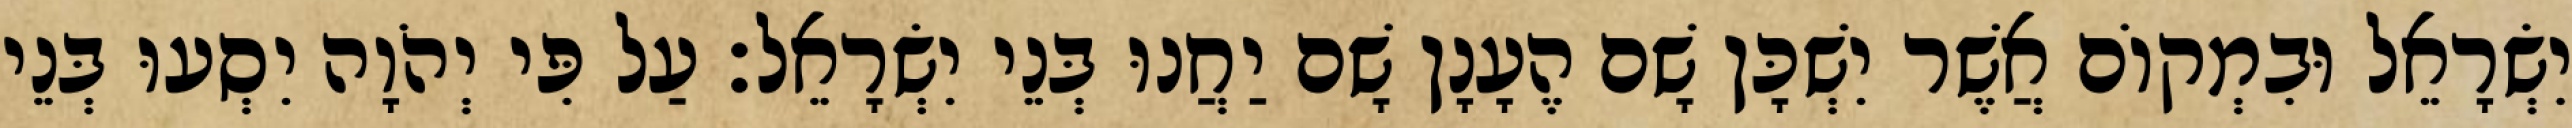
יִשְׂרָאֵל וּבִמְקוֹם אֲשֶׁר יִשְׁכָּן שָׁם הֶעָנָן שָׁם יַחֲנוּ בְּנֵי יִשְׂרָאֵל׃ עַל פִּי יְהֹוָה יִסְעוּ בְּנֵי